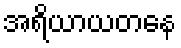
အရိယာယတနေ